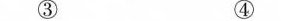
③ ④